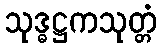
သုဒ္ဓဋ္ဌကသုတ္တံ